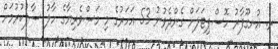
ރ. އުނގޫފާރު ހޮސްޕިޓަލަށް ގެންދެވުނު 53 އަހަރުގެ މި މަސްވެރިޔާގެ ހާލު ސާފުކުރުމަށް